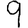
Digit: 9